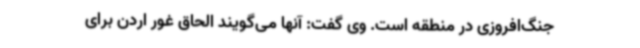
جنگ‌افروزی در منطقه است. وی گفت: آنها می‌گویند الحاق غور اردن برای